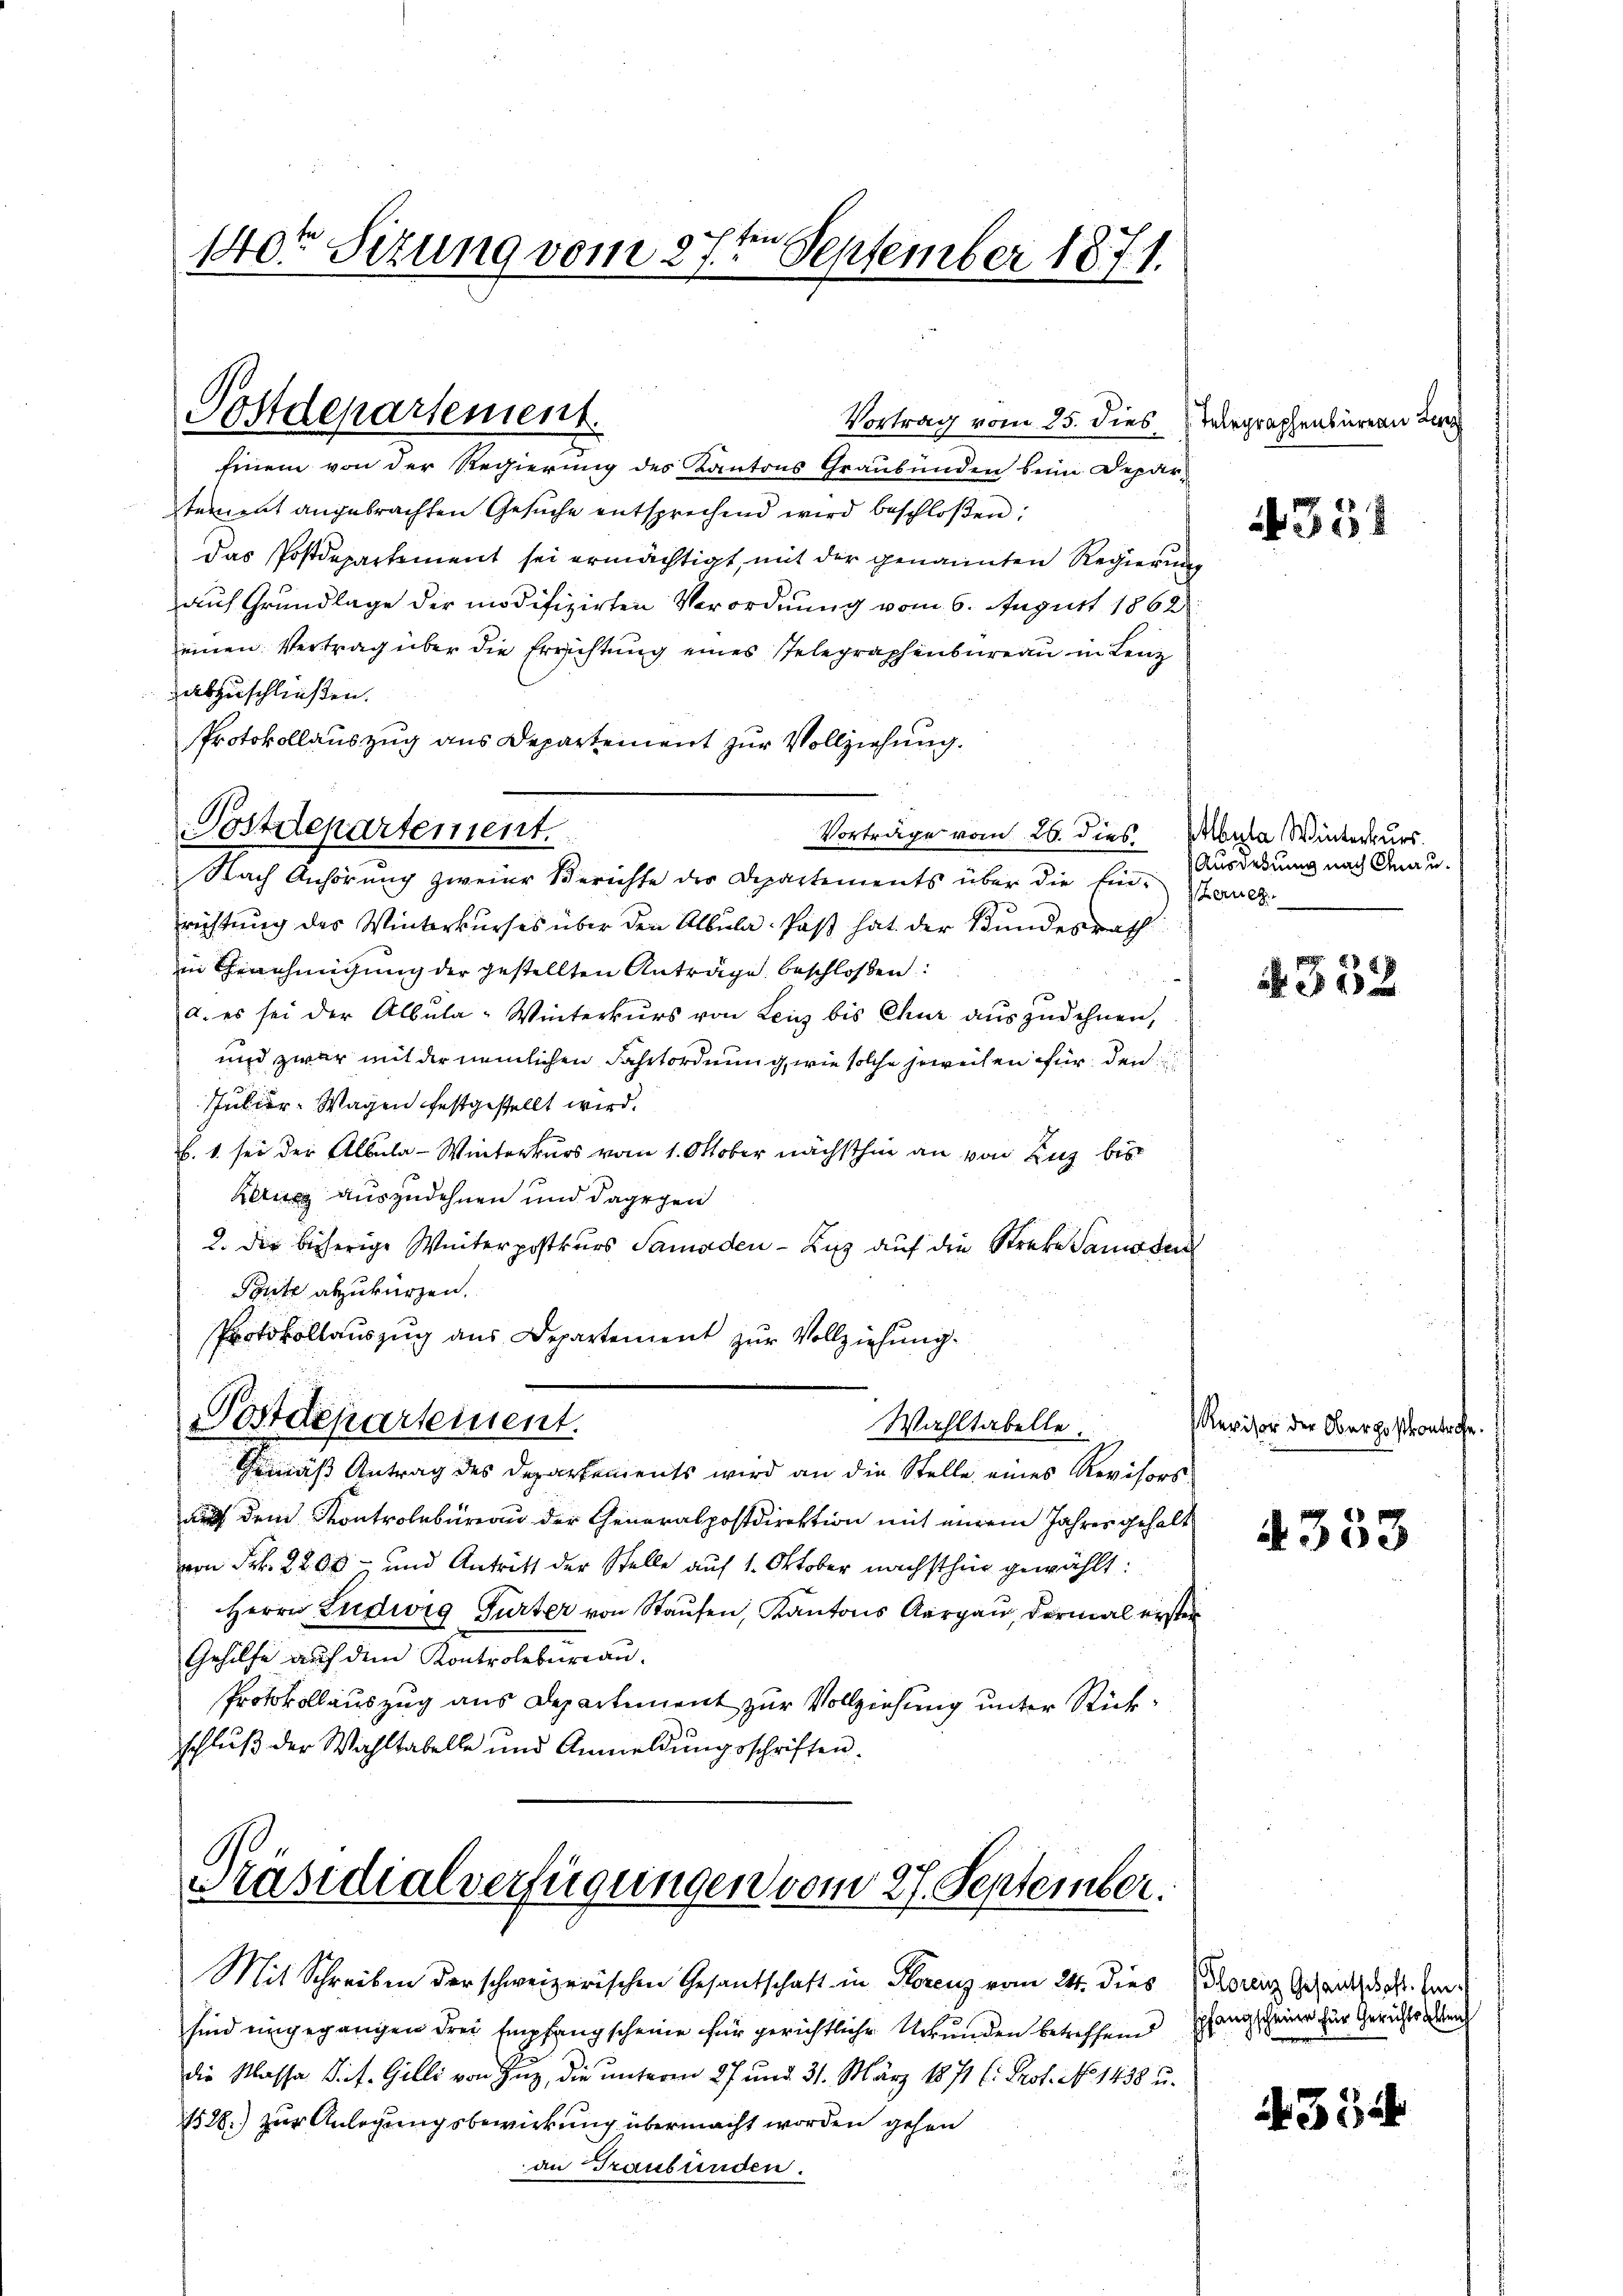
140r Sitzung vom 27ten September 1871.

Postdepartement.

Einem von der Regierung des Kantons Graubünden beim Deparstement angebrachten Gesuche entsprechend wird beschloßen:
das Postdepartement sei ermächtigt, mit der genannten Regierung
auf Grundlage der modifizirten Verordnung vom 6. August 1862
einen Vertrag über die Errichtung eines Telegraphenbureau in Lenz
abzuschließen.
Protokollauszug aus Departement zur Vollziehung.
Vorträge vom 26. dies Albula Winterkurs.
Nach Anhörung zweier Berichte der Departements über die Einanz
richtung des Winterkurses über den Albula Paß hat der Bundesrath
in Genehmigung der gestellten Anträge beschloßen:
a. es sei der Albula-Winterkurs von Leig bis Chur auszudehnen,
und zwar mit der nämlichen Fahrtordnung, wie solche jeweisen für den
Julier-Wagen festgestellt wird.
b. 1. sei der Albula- Winterkurs vom 1. Oktober nächsthin an von Luz bis
Kern auszudehnen und dagegen
2. der bisherige Winterpostkurs Samaden — Kuss auf die Streke Samosen
Ponte abzukürzen.
Protokollauszug aus Departement zur Vollziehung.
Postdepartement.
Wahltabelle.
Gemäß Antrag des Departements wird an die Stelle eines Revisors
auf dem Kontrolbureau der Generalpostdirektion mit einem Jahres gehalt
von Frk. 2200 und Antritt der Stelle auf 1. Oktober nächsthür gewählt:
Herrn Ludwig Gurter von Staufen, Kantons Aargau, dermal erster
Gehilfe auf dem Kontrolbureau.
Protokollauszug aus Departement zur Vollziehung unter Rückschluß der Wahltabelle und Anmeldungsschriften.

Postdepartement.

Vortrag vom 25. dies Telegraphenbüreau der

Präsidialverfügungen vom 27. September.

sind eingegangen drei Empfang scheine für gerichtliche Urkunden betreffend
die Klasse Prof. Gilli von Zug, die unteren 27 und 31. März 1871 f. Prof. No 1438 u.
1528.) zur Anlegungsbewirkung übermacht worden gehen
an Graubünden.

Mit Schreiben der schweizerischen Gesandschaft in Florenz vom 24. dies

4331

Ausdehnung nach Grau¬

352

Revisor der Oberpostkontrafe.

4353

Plorenz Gesantschaft hi
pfangscheiner für Gerichtsalten

354